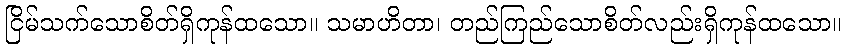
ငြိမ်သက်သောစိတ်ရှိကုန်ထသော။ သမာဟိတာ၊ တည်ကြည်သောစိတ်လည်းရှိကုန်ထသော။